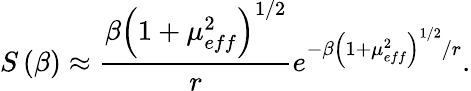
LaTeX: S\left(\beta\right)\approx\frac{\beta\left(1+\mu_{eff}^{2}\right)^{1/2}}{r}e^{-\beta\left(1+\mu_{eff}^{2}\right)^{1/2}/r}.